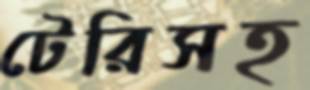
টেরিসহ